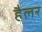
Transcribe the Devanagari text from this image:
हैलर